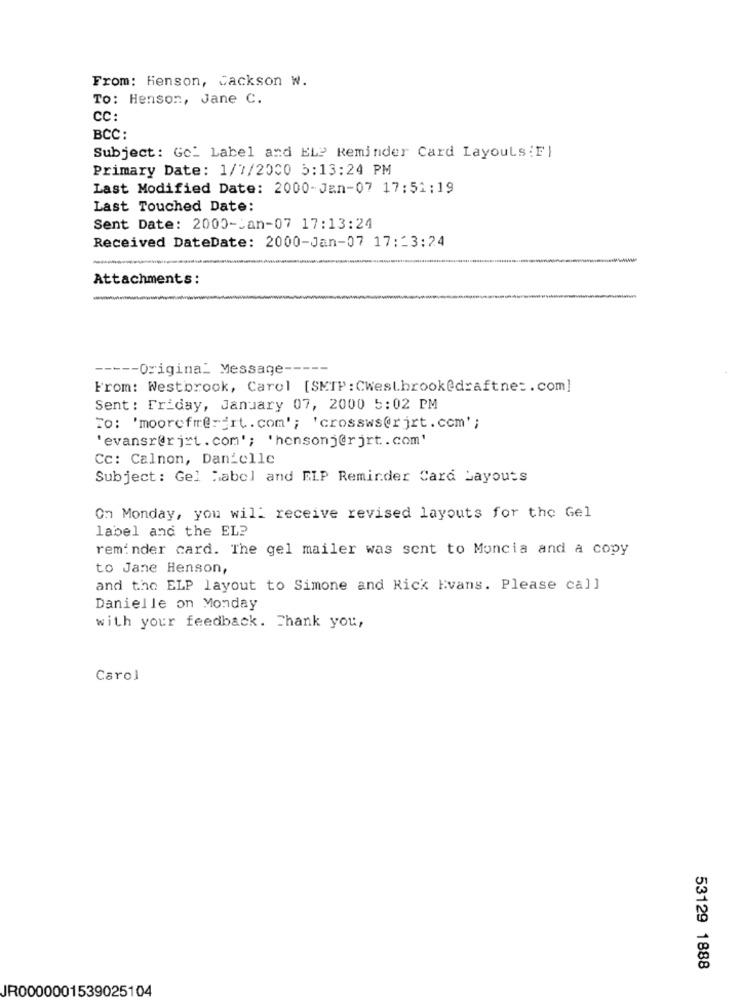
From: Henson, Jackson W.
To: Henson, Jane C.
cc:
BCC:
Subject: Gc_ Label and EL? Reminder Card Layouls:Fl
Primary Date: 1/7/2000 5:13:24 PM
Last Modified Date: 2000-Jan-07 17:51:19
Last Touched Date:
Sent Date: 2000-Jan-07 17:13:24
Received DateDate: 2000-Jan-07 17:23:24
Attachments:
----- Original Message -----
From: Westbrook, Carol [SMTP : CWestbrook@draftne :. com]
Sent: Friday, January 07, 2000 5:02 PM
To: 'moorefm@="rt. com'; 'crossws@rjrt.com' ;
'evansr@rj"t. com'; 'hensonj@rjrt. com'
Cc: Calnon, Danielle
Subject : Gel habel and ELP Reminder Card Payouts
On Monday, you will receive revised layouts for the Gel
label and the EL?
reminder card. The gel mailer was sent to Moncia and a copy
to Jane Henson,
and the ELP layout to Simone and Rick Evans. Please call
Danielle on Monday
with your feedback. Thank you,
Carol
53129 1888
JR0000001539025104